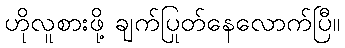
ဟိုလူစားဖို့ ချက်ပြုတ်နေလောက်ပြီ။